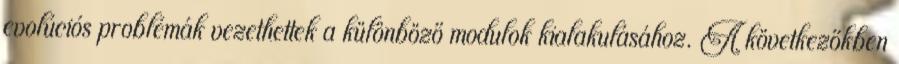
evolúciós problémák vezethettek a különböző modulok kialakulásához. A következőkben